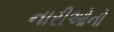
નારીઓનો